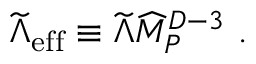
{ \widetilde \Lambda } _ { \mathrm { e f f } } \equiv { \widetilde \Lambda } { \widehat M } _ { P } ^ { D - 3 } ~ .